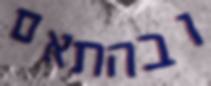
ובהתאם